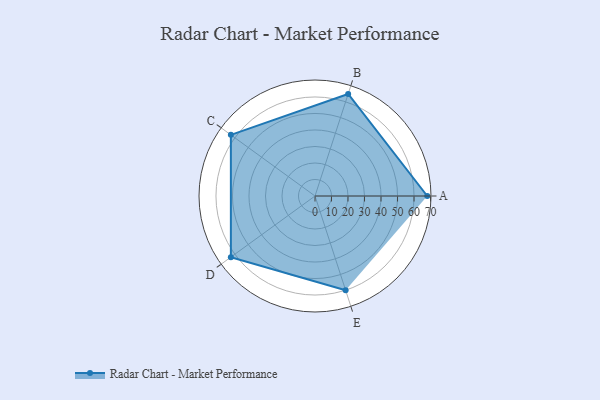
{"axis": {"x": "Skill", "y": "Score"}, "legend": ["Profile"], "data": [{"x": "A", "y": 68.0, "type": "Profile"}, {"x": "B", "y": 65.0, "type": "Profile"}, {"x": "C", "y": 63.0, "type": "Profile"}, {"x": "D", "y": 63.0, "type": "Profile"}, {"x": "E", "y": 60.0, "type": "Profile"}]}